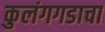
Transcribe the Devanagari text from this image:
कुलंगगडाचा